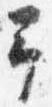
予